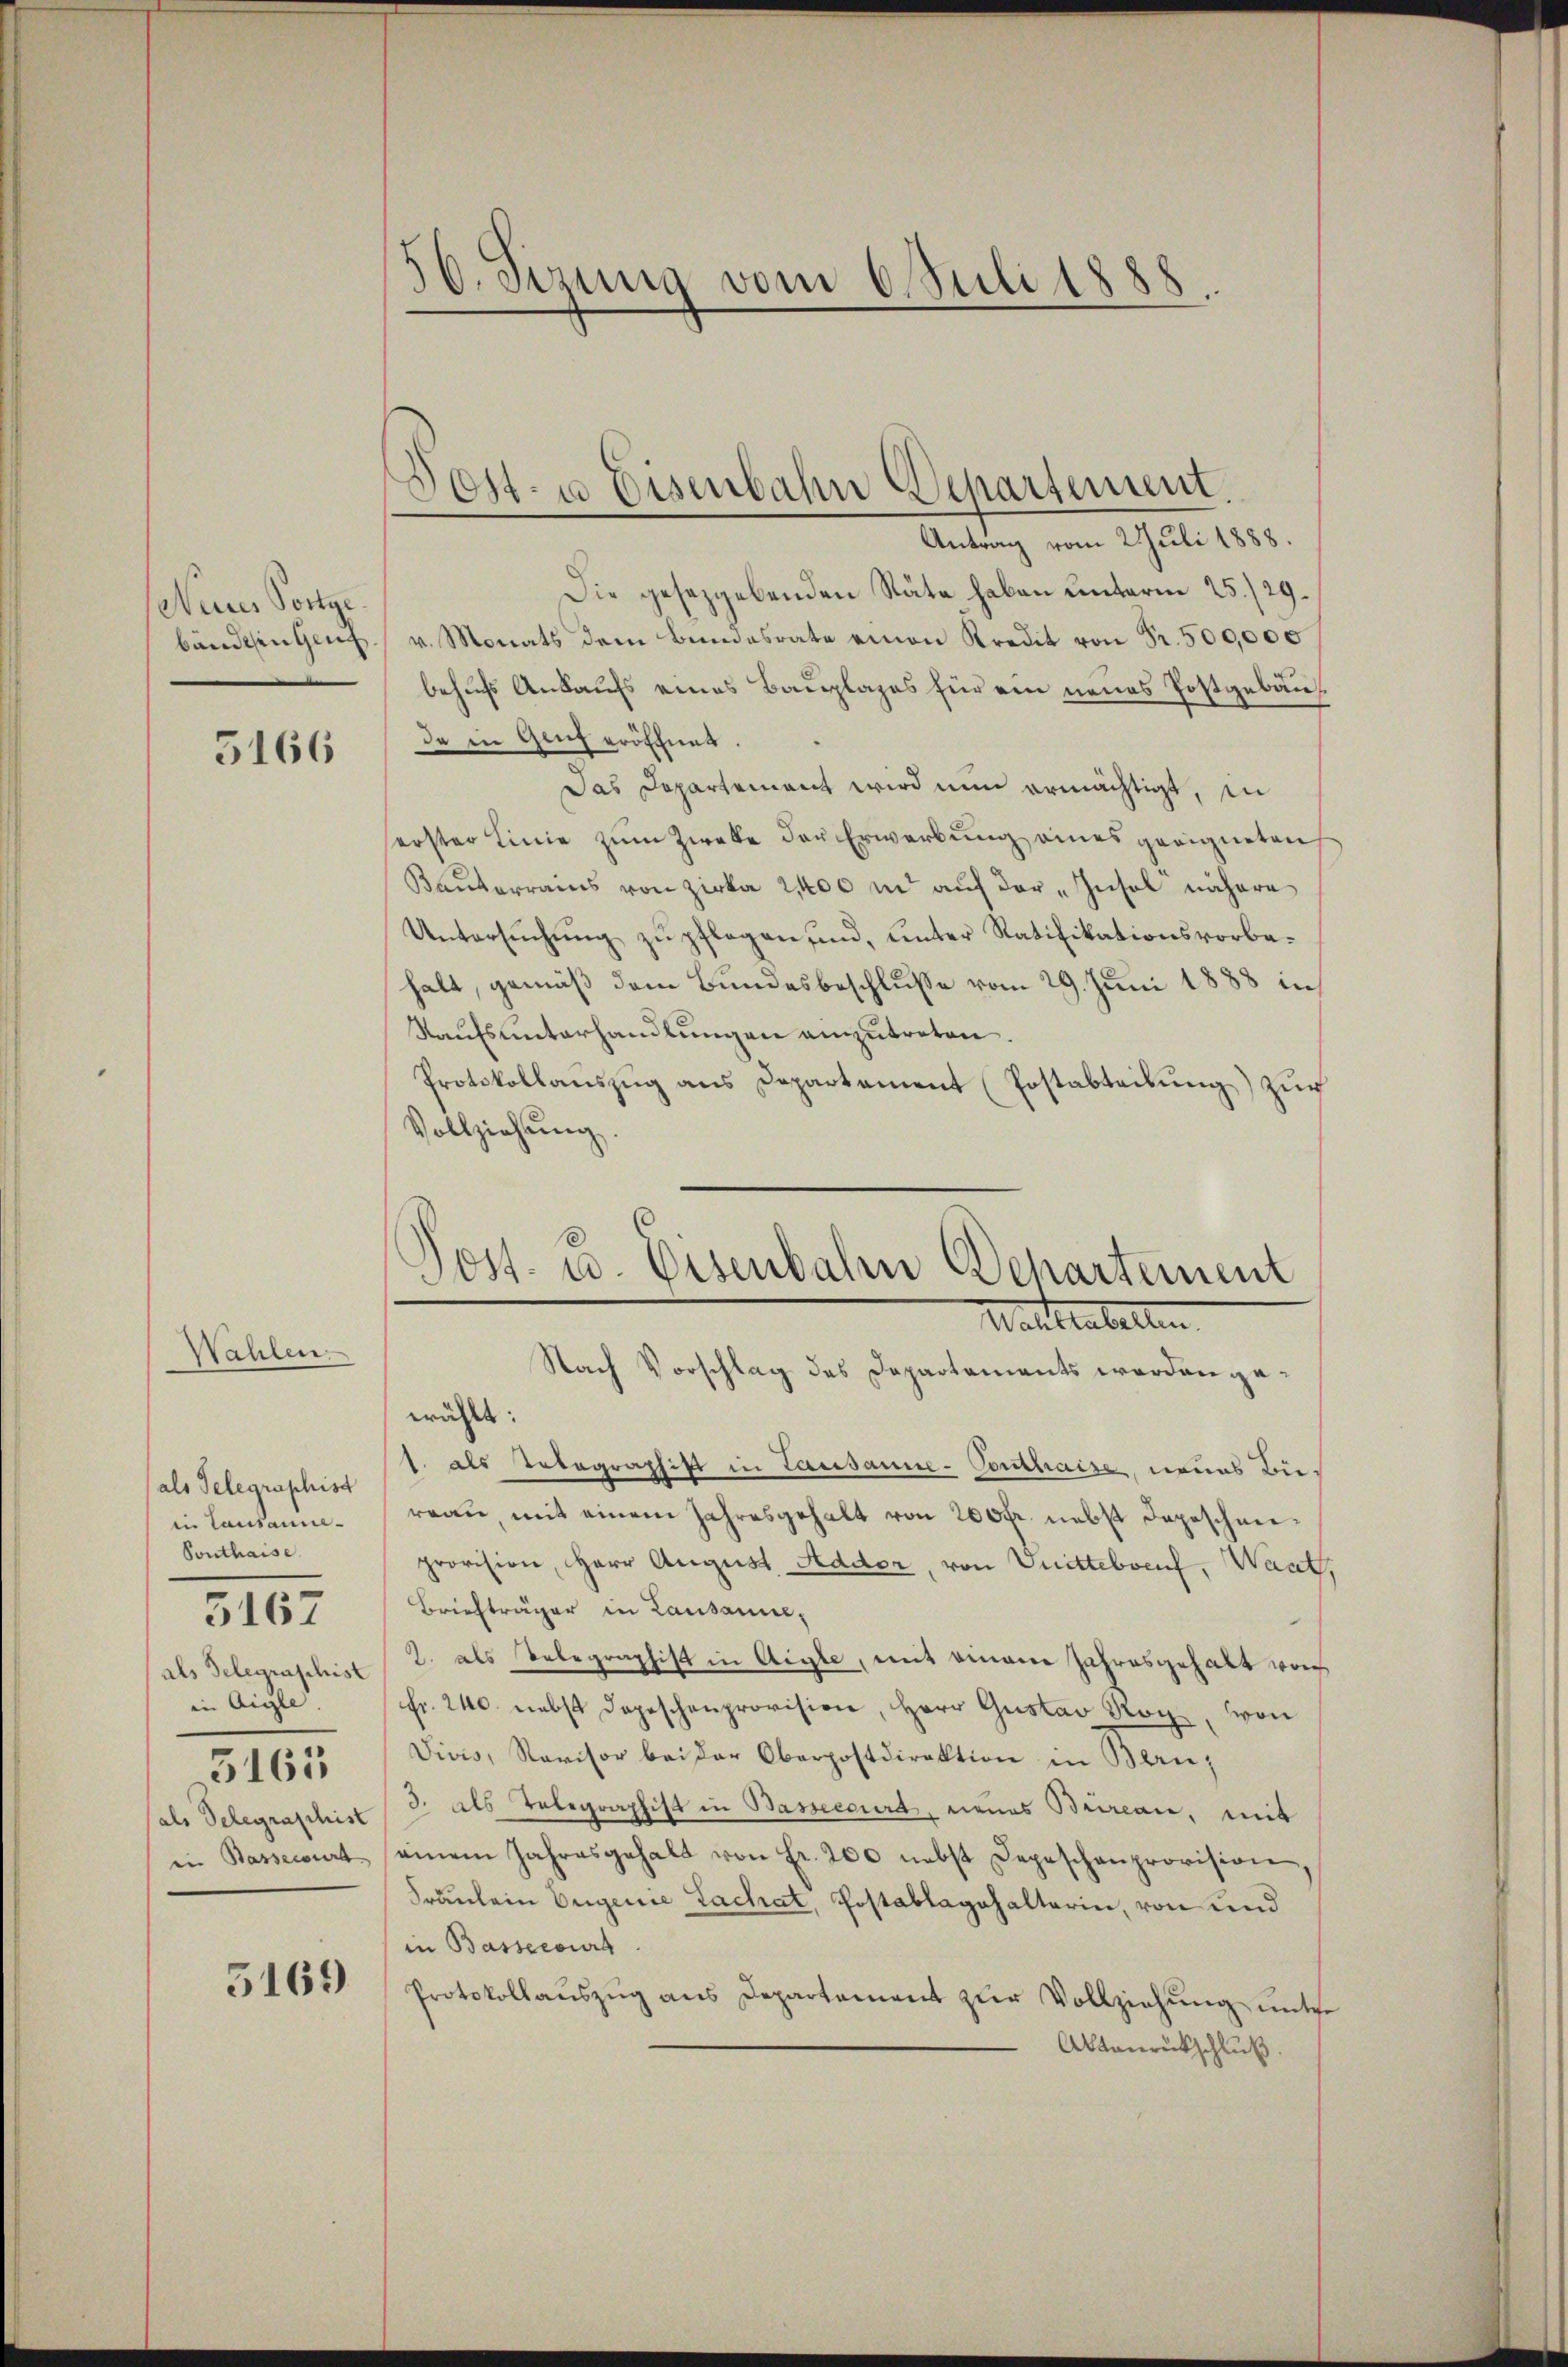
Neines Postge
bändenen Genf

5166

Wahlen.

als Telegraphist
in Lausanne
Southaise
als Telegraschist
in Aigle
3163
als Telegraphist
iin Basserurt

5167

5169

56. Serung vom 6. Juli 1888

Post- u Eisenbahn Departement.
Antrag vom 2 Juli 1888.

Post- u. Eisenbahn Behartement
Hattenbetten
Nach Vorschlag des Departements werden gewählt:

Die gesetzgebenden Stäte haben unterm 25./29.
v. Monats dem Bundesrate einen Kredit von Fr. 500,000
behufs Ankaufs eines Bauplages für ein neues Postgebäude in Genf eröffnet.
Das Departement wird nun ermächtigt, in
serster Linie zum Zwecke den Erwerbung eines geeigneten
Bauterrams von Zirka 2,400 in auf der „Insol nähere
Untersuchung zu pflegen, und, unter Ratifikationsvorbehalt, gemäß dem Bundesbeschlusse vom 29. Juni 1888 in
Kaufsunterhandlungen einzutreten.
Protokollaŭszŭg ans Departement (Postabteilŭng Zŭch
Vollziehung

1. als Telegraphift in Lausanne-Conthaise neues Bie-
reau, mit einem Jahresgehalt von 200fr. nebst Depescheiprovision, Herr August Addor, von Vnittebvenf, Waat,
Briefträger in Lausanne,
2. als Telegraphist in Aigle, mit einem Jahresgehalt vor
Fr. 240. nebst Depeschenprovision, Herr Gustav Rog, von
Vivis, Revisor bei der Oberpostdirektion in Bern,
3. als Telegraphist in Bassecourt, neues Büreau, mit
einem Jahresgehalt von Fr. 200 nebst Depeschenprovision,
Fräulein Eugenie Lachat, Postablagehalterin, von und
in Bassecours
Protokollaŭszŭg ans Departement zur Vollziehung unter
Albanrückschluß.